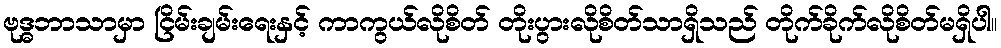
ဗုဒ္ဓဘာသာမှာ ငြိမ်းချမ်းရေးနှင့် ကာကွယ်လိုစိတ် တိုးပွားလိုစိတ်သာရှိသည် တိုက်ခိုက်လိုစိတ်မရှိပါ။